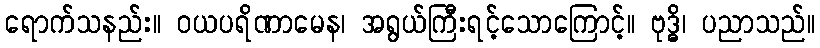
ရောက်သနည်း။ ဝယပရိဏာမေန၊ အရွယ်ကြီးရင့်သောကြောင့်။ ဗုဒ္ဓိ၊ ပညာသည်။